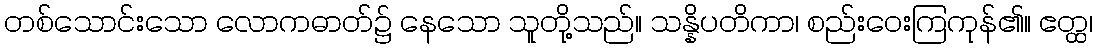
တစ်သောင်းသော လောကဓာတ်၌ နေသော သူတို့သည်။ သန္နိပတိကာ၊ စည်းဝေးကြကုန်၏။ ဧတ္ထ၊